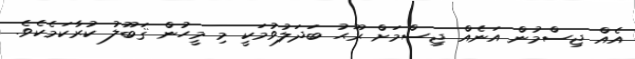
އެއް ޖިސްމުން އަނެއް ޖިސްމަށް ރޫޙު ބަދަލުވުމަކީ މި މީހުން ޤަބޫލު ކުރާކަމެކެވެ.